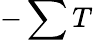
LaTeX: -\sum T